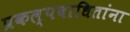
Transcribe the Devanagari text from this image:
प्रकल्पबाधितांना